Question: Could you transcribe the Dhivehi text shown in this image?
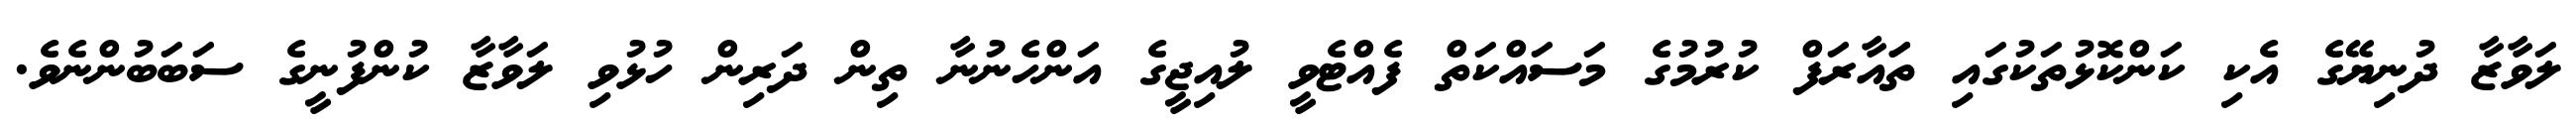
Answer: ލަވާޒާ ދުނިޔޭގެ އެކި ކަންކޮޅުތަކުގައި ތަައާރަފް ކުރުމުގެ މަސައްކަތް ފެއްޓެވީ ލުއިޖީގެ އަންހެނުނާ ތިން ދަރިން ހުޅުވި ލަވާޒާ ކުންފުނީގެ ސަބަބުންނެވެ.